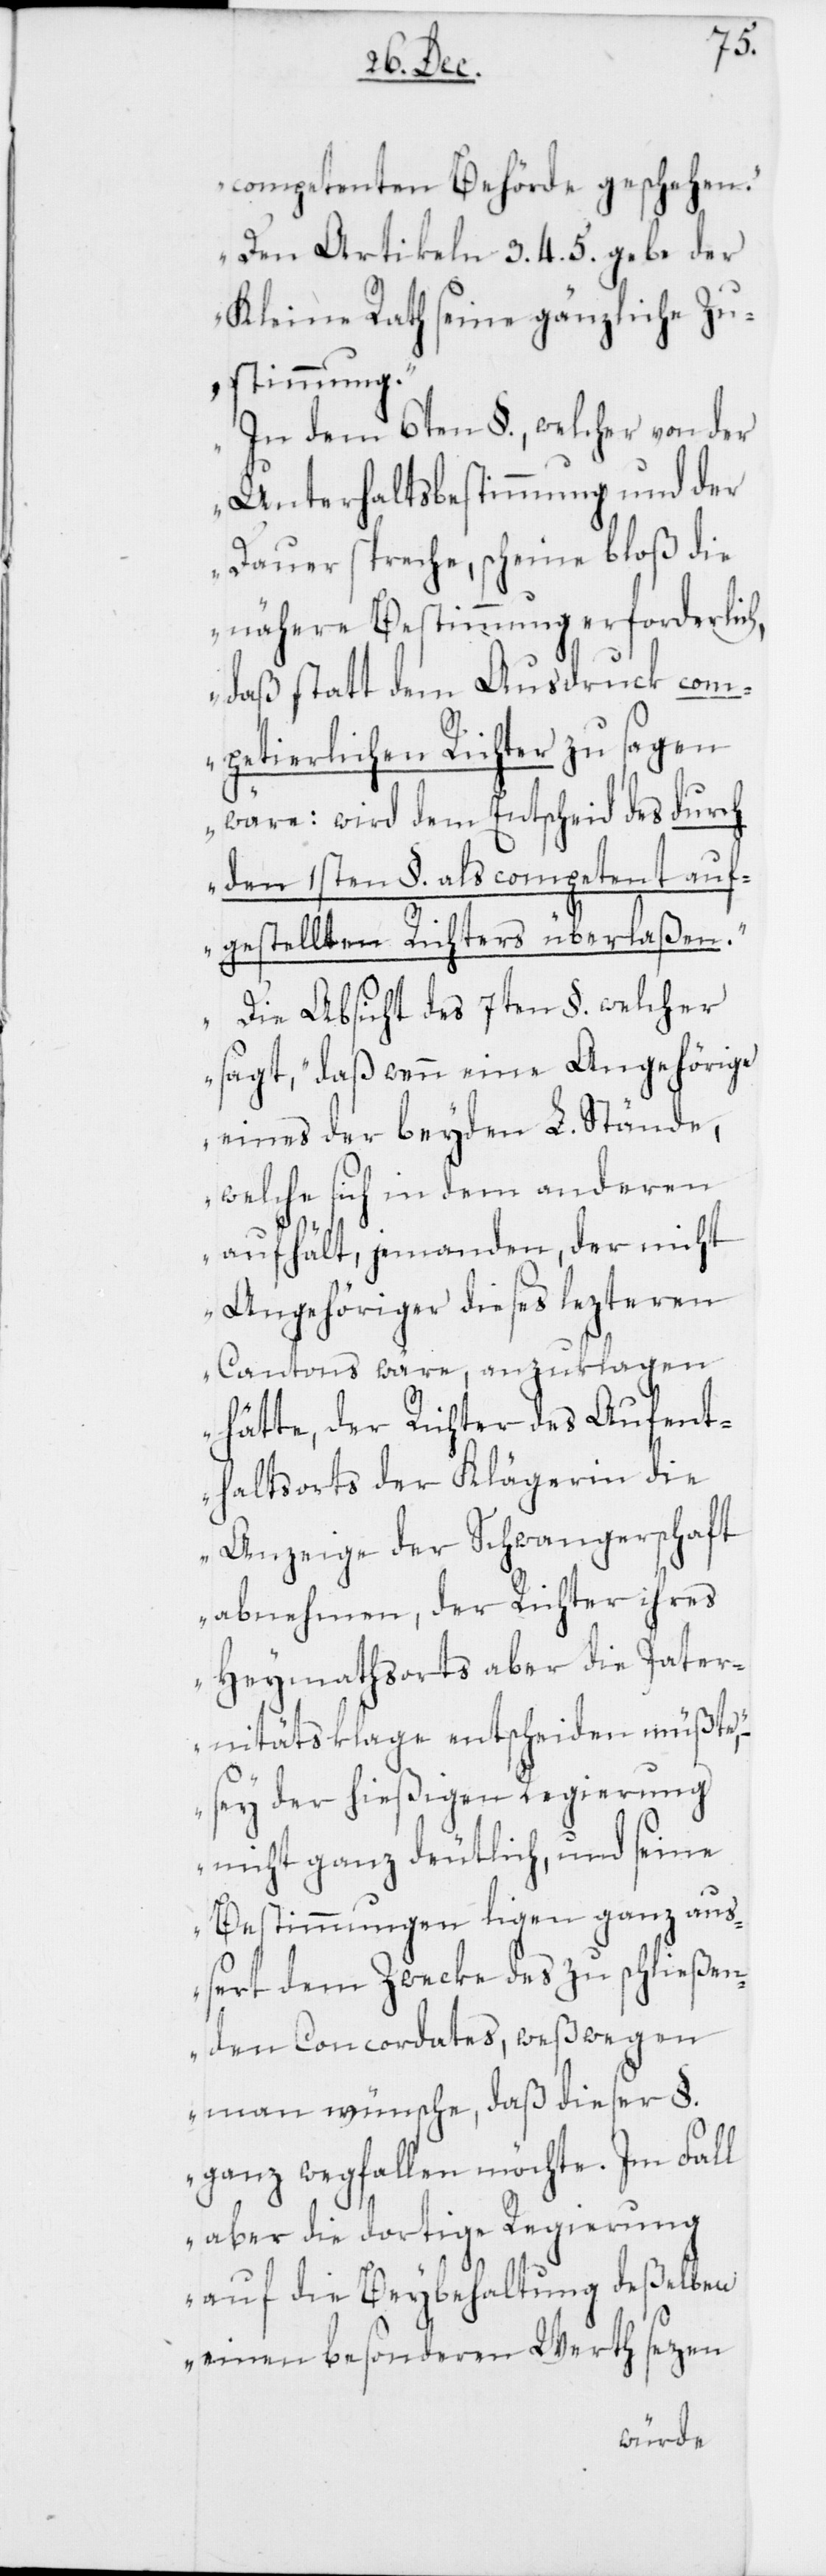
competenten Behörde geschehen.
Den Artikeln 3. 4. 5. gebe der
Kleine Rath seine gänzliche Zu¬
stimmung.
In dem 6ten §., welcher von der
Unterhaltsbestimmung und der
Dauer spreche, scheine bloß die
nähere Bestimmung erforderlich,
daß statt dem Ausdruck com¬
petierlichen Richter zu sagen
wäre: wird dem Entscheid des durch
den 1sten §. als competent aufg¬
estellten Richters überlaßen.
Die Absicht des 7ten §. welcher
sagt, „daß wenn eine Angehörige
eines der beyden L. Stände,
welche sich in dem anderen
aufhält, jemanden, der nicht
Angehöriger dieses lezteren
Cantons wäre, anzuklagen
hätte, der Richter des Aufent¬
haltsorts der Klägerin die
Anzeige der Schwangerschaft
abnehmen, der Richter ihres
Heymathsorts aber die Pater¬
nitätsklage entscheiden müßte“,
sey der hießigen Regierung
nicht ganz deutlich, und seine
Bestimmungen ligen ganz au¬
ßert dem Zwecke des zu schließen¬
den Concordates, weßwegen
man wünsche, daß dieser §.
ganz wegfallen möchte. Im Fall
aber die dortige Regierung
auf die Beybehaltung deßelben
einen besonderen Werth sezen